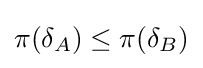
\pi (\delta _{A})\leq \pi (\delta _{B})